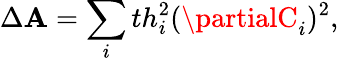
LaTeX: \Delta\mathbf{A}=\sum_{i}th_{i}^{2}(\partialC_{i})^{2},